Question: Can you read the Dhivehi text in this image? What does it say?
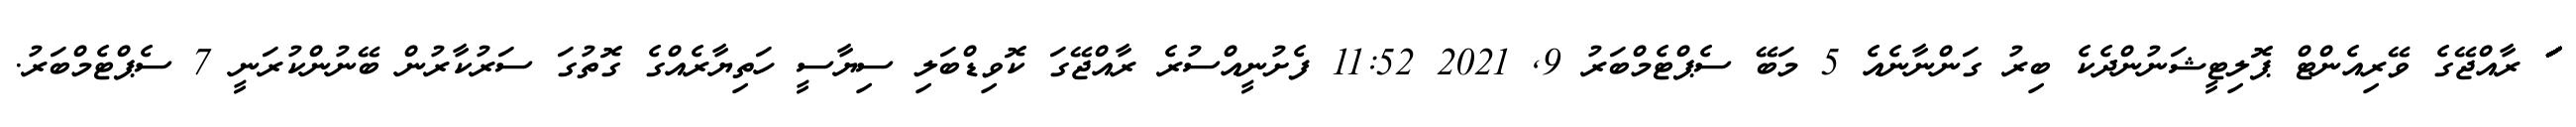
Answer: ަަަަަަަަަަަަަަަަަަަ ރާއްޖޭގެ ވޭރިއެންޓް ޕޮލިޓީޝަނުންދެކެ ބިރު ގަންނާނެއެ 5 މަބޭ ސެޕްޓެމްބަރު 9, 2021 11:52 ފެށުނީއްސުރެ ރާއްޖޭގަ ކޮވިޑްބަލި ސިޔާސީ ހަތިޔާރެއްގެ ގޮތުގަ ސަރުކާރުން ބޭނުންކުރަނީ 7 ސެޕްޓެމްބަރު.